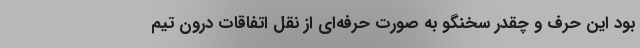
بود این حرف و چقدر سخنگو به صورت حرفه‌ای از نقل اتفاقات درون تیم